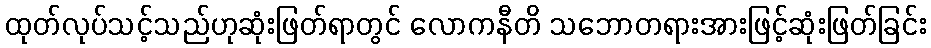
ထုတ်လုပ်သင့်သည်ဟုဆုံးဖြတ်ရာတွင် လောကနီတိ သဘောတရားအားဖြင့်ဆုံးဖြတ်ခြင်း